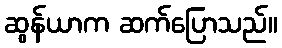
ဆွန်ယာက ဆက်ပြောသည်။